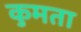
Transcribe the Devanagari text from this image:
कुमता